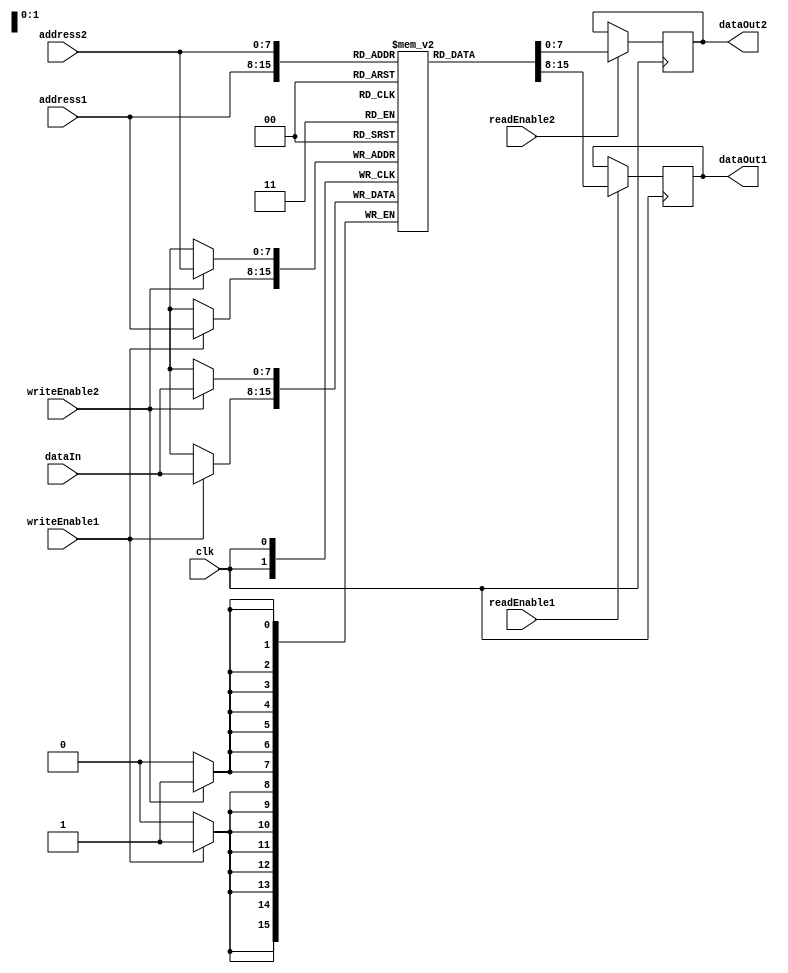
module dual_port_ram 
    #(parameter DATA_WIDTH = 8, ADDRESS_WIDTH = 8)
    (input clk, 
     input [ADDRESS_WIDTH-1:0] address1, 
     input [ADDRESS_WIDTH-1:0] address2,
     input [DATA_WIDTH-1:0] dataIn, 
     input writeEnable1, 
     input writeEnable2, 
     input readEnable1, 
     input readEnable2, 
     output reg [DATA_WIDTH-1:0] dataOut1, 
     output reg [DATA_WIDTH-1:0] dataOut2
    );
    
    reg [DATA_WIDTH-1:0] memory [2**ADDRESS_WIDTH-1:0];
    
    // Port 1 burst read/write operations
    always @(posedge clk) begin
        if(writeEnable1) begin
            memory[address1] <= dataIn;
        end
        if(readEnable1) begin
            dataOut1 <= memory[address1];
        end
    end
    
    // Port 2 sequential read/write operations
    always @(posedge clk) begin
        if(writeEnable2) begin
            memory[address2] <= dataIn;
        end
        if(readEnable2) begin
            dataOut2 <= memory[address2];
        end
    end
    
endmodule